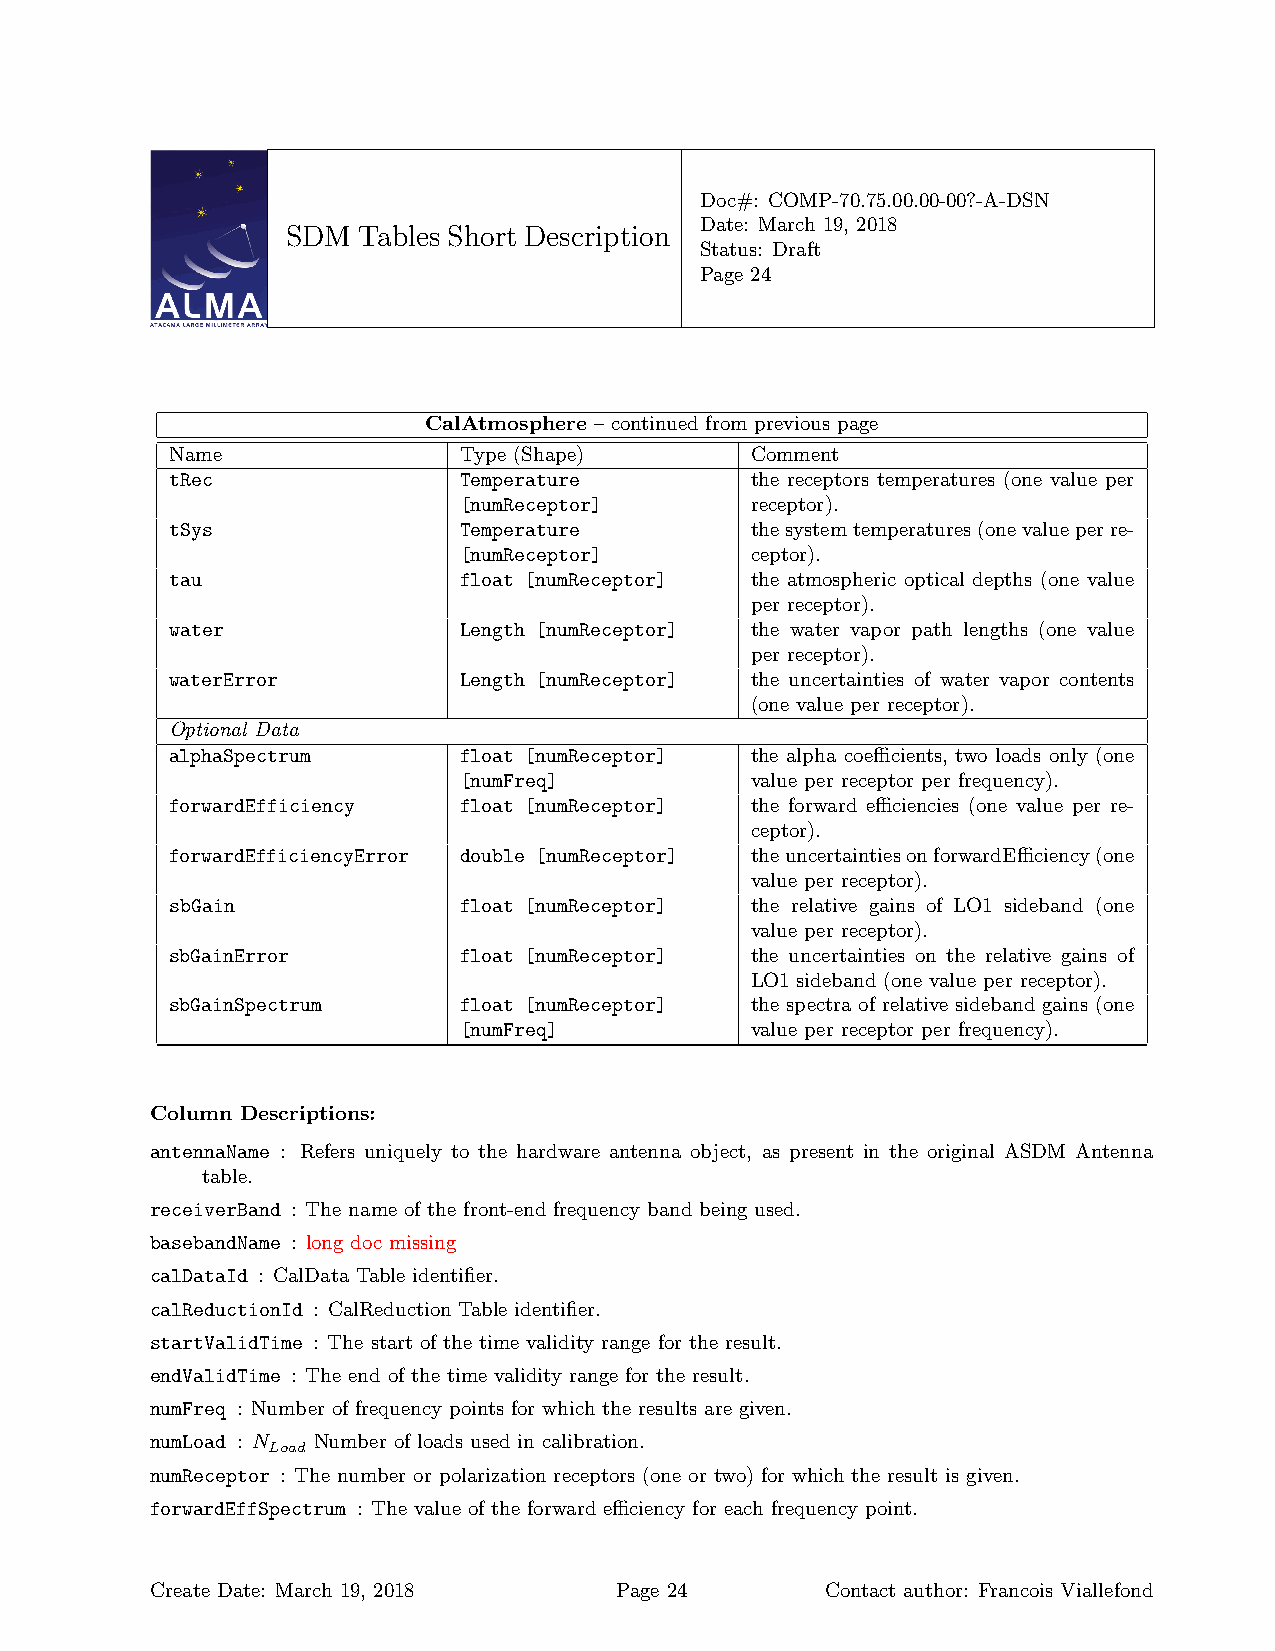
Doc#: COMP-70.75.00.00-00?-A-DSN
 Date: March 19, 2018
 SDM  Tables Short Description
 Status: Draft
 Page 24
 CalAtmosphere – continued from previous page
 Name               Type (Shape)        Comment
 tRec               Temperature         the receptors temperatures (one value per
 [numReceptor]       receptor).
 tSys               Temperature         thesystemtemperatures(onevalueperre-
 [numReceptor]       ceptor).
 tau                float [numReceptor] the atmospheric optical depths (one value
 per receptor).
 water              Length [numReceptor] the water vapor path lengths (one value
 per receptor).
 waterError         Length [numReceptor] the uncertainties of water vapor contents
 (one value per receptor).
 Optional Data
 alphaSpectrum      float [numReceptor] the alpha coefficients, two loads only (one
 [numFreq]           value per receptor per frequency).
 forwardEfficiency  float [numReceptor] the forward efficiencies (one value per re-
 ceptor).
 forwardEfficiencyError double [numReceptor] theuncertaintiesonforwardEfficiency(one
 value per receptor).
 sbGain             float [numReceptor] the relative gains of LO1 sideband (one
 value per receptor).
 sbGainError        float [numReceptor] the uncertainties on the relative gains of
 LO1 sideband (one value per receptor).
 sbGainSpectrum     float [numReceptor] the spectra of relative sideband gains (one
 [numFreq]           value per receptor per frequency).
 Column Descriptions:
 antennaName : Refers uniquely to the hardware antenna object, as present in the original ASDM Antenna
 table.
 receiverBand : The name of the front-end frequency band being used.
 basebandName : long doc missing
 calDataId : CalData Table identifier.
 calReductionId : CalReduction Table identifier.
 startValidTime : The start of the time validity range for the result.
 endValidTime : The end of the time validity range for the result.
 numFreq : Number of frequency points for which the results are given.
 numLoad : N Number of loads used in calibration.
 Load
 numReceptor : The number or polarization receptors (one or two) for which the result is given.
 forwardEffSpectrum : The value of the forward efficiency for each frequency point.
 Create Date: March 19, 2018    Page 24       Contact author: Francois Viallefond